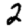
Digit: 2